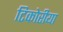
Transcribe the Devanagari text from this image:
टिकोरीया